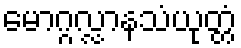
မောဂ္ဂလ္လာနသံယုတ္တံ